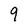
Character: 9